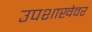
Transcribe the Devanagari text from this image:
उपशाखेवर